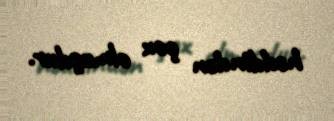
həddindən çox olmuşdur.